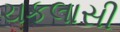
ચકલાસી